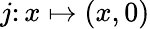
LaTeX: j\colon x\mapsto(x,0)